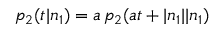
p _ { 2 } ( t | n _ { 1 } ) = a \, p _ { 2 } ( a t + | n _ { 1 } | | n _ { 1 } )